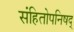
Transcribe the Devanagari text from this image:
संहितोपनिषद्